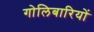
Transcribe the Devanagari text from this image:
गोलिबारियों